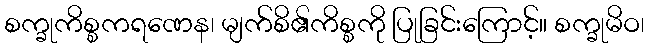
စက္ခုကိစ္စကရဏေန၊ မျက်စိ၏ကိစ္စကို ပြုခြင်းကြောင့်။ စက္ခုမိဝ၊